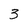
Character: 3